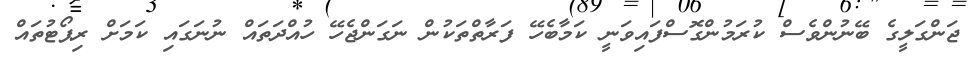
ޖަންގަލީގެ ބޭނުންވެސް ކުރަމުންގޮސްފައިވަނީ ކަމާބެހޭ ފަރާތްތަކުން ނަގަންޖެހޭ ހުއްދަތައް ނުނަގައި ކަމަށް ރިޕޯޓުތައް